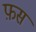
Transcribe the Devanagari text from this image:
फ़स